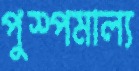
পুস্পমাল্য